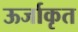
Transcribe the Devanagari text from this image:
ऊर्जाकृत